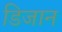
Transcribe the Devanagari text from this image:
डिजान